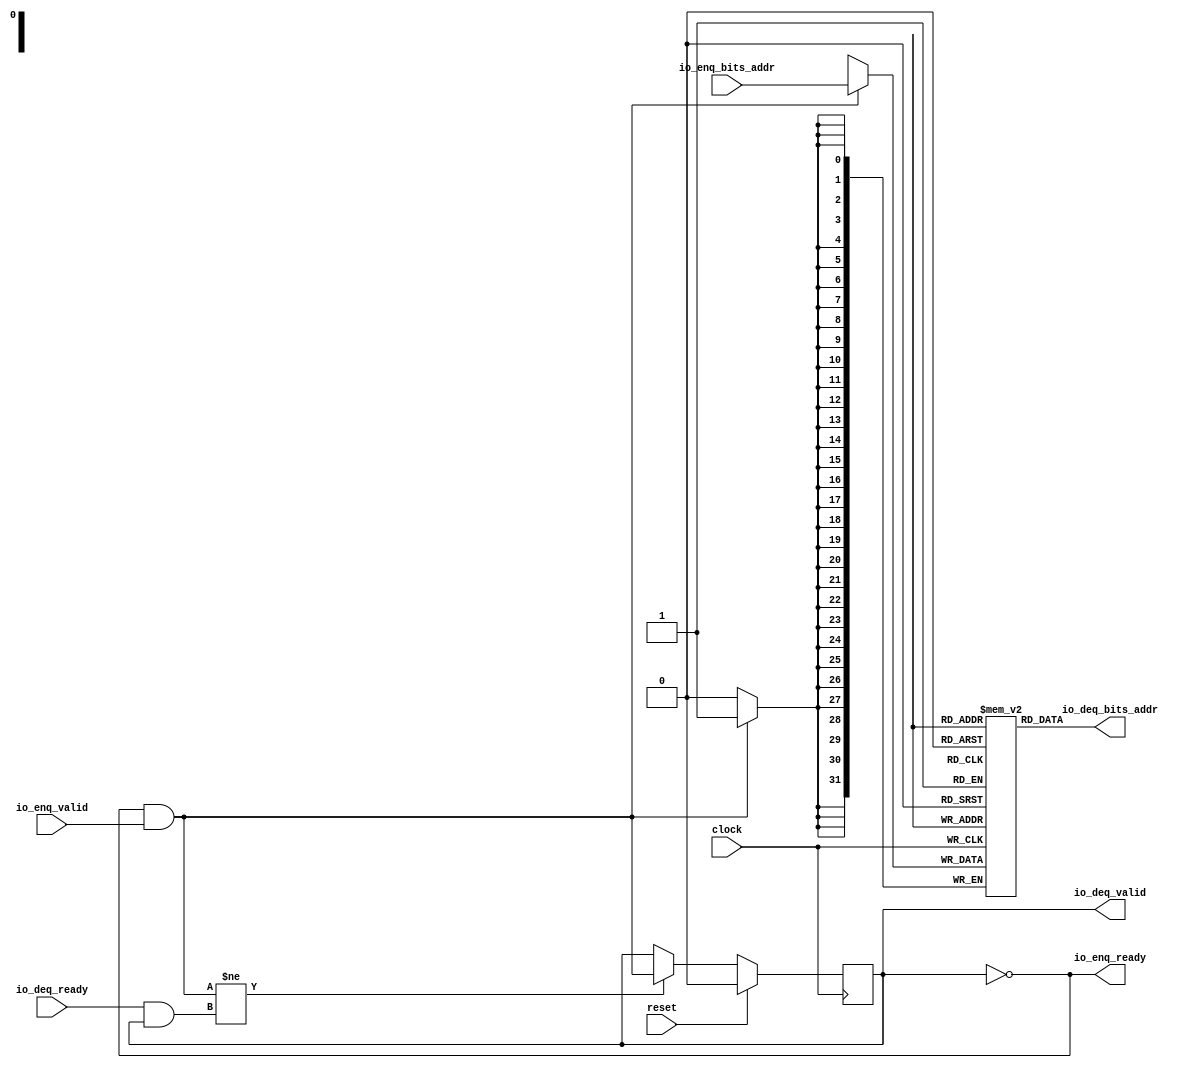
module Queue(
  input         clock,
  input         reset,
  output        io_enq_ready,
  input         io_enq_valid,
  input  [31:0] io_enq_bits_addr,
  input         io_deq_ready,
  output        io_deq_valid,
  output [31:0] io_deq_bits_addr
);
`ifdef RANDOMIZE_MEM_INIT
  reg [31:0] _RAND_0;
`endif // RANDOMIZE_MEM_INIT
`ifdef RANDOMIZE_REG_INIT
  reg [31:0] _RAND_1;
`endif // RANDOMIZE_REG_INIT
  reg [31:0] ram_addr [0:0]; // @[Decoupled.scala 275:95]
  wire  ram_addr_io_deq_bits_MPORT_en; // @[Decoupled.scala 275:95]
  wire  ram_addr_io_deq_bits_MPORT_addr; // @[Decoupled.scala 275:95]
  wire [31:0] ram_addr_io_deq_bits_MPORT_data; // @[Decoupled.scala 275:95]
  wire [31:0] ram_addr_MPORT_data; // @[Decoupled.scala 275:95]
  wire  ram_addr_MPORT_addr; // @[Decoupled.scala 275:95]
  wire  ram_addr_MPORT_mask; // @[Decoupled.scala 275:95]
  wire  ram_addr_MPORT_en; // @[Decoupled.scala 275:95]
  reg  maybe_full; // @[Decoupled.scala 278:27]
  wire  empty = ~maybe_full; // @[Decoupled.scala 280:28]
  wire  do_enq = io_enq_ready & io_enq_valid; // @[Decoupled.scala 52:35]
  wire  do_deq = io_deq_ready & io_deq_valid; // @[Decoupled.scala 52:35]
  assign ram_addr_io_deq_bits_MPORT_en = 1'h1;
  assign ram_addr_io_deq_bits_MPORT_addr = 1'h0;
  assign ram_addr_io_deq_bits_MPORT_data = ram_addr[ram_addr_io_deq_bits_MPORT_addr]; // @[Decoupled.scala 275:95]
  assign ram_addr_MPORT_data = io_enq_bits_addr;
  assign ram_addr_MPORT_addr = 1'h0;
  assign ram_addr_MPORT_mask = 1'h1;
  assign ram_addr_MPORT_en = io_enq_ready & io_enq_valid;
  assign io_enq_ready = ~maybe_full; // @[Decoupled.scala 305:19]
  assign io_deq_valid = ~empty; // @[Decoupled.scala 304:19]
  assign io_deq_bits_addr = ram_addr_io_deq_bits_MPORT_data; // @[Decoupled.scala 312:17]
  always @(posedge clock) begin
    if (ram_addr_MPORT_en & ram_addr_MPORT_mask) begin
      ram_addr[ram_addr_MPORT_addr] <= ram_addr_MPORT_data; // @[Decoupled.scala 275:95]
    end
    if (reset) begin // @[Decoupled.scala 278:27]
      maybe_full <= 1'h0; // @[Decoupled.scala 278:27]
    end else if (do_enq != do_deq) begin // @[Decoupled.scala 295:27]
      maybe_full <= do_enq; // @[Decoupled.scala 296:16]
    end
  end
// Register and memory initialization
`ifdef RANDOMIZE_GARBAGE_ASSIGN
`define RANDOMIZE
`endif
`ifdef RANDOMIZE_INVALID_ASSIGN
`define RANDOMIZE
`endif
`ifdef RANDOMIZE_REG_INIT
`define RANDOMIZE
`endif
`ifdef RANDOMIZE_MEM_INIT
`define RANDOMIZE
`endif
`ifndef RANDOM
`define RANDOM $random
`endif
`ifdef RANDOMIZE_MEM_INIT
  integer initvar;
`endif
`ifndef SYNTHESIS
`ifdef FIRRTL_BEFORE_INITIAL
`FIRRTL_BEFORE_INITIAL
`endif
initial begin
  `ifdef RANDOMIZE
    `ifdef INIT_RANDOM
      `INIT_RANDOM
    `endif
    `ifndef VERILATOR
      `ifdef RANDOMIZE_DELAY
        #`RANDOMIZE_DELAY begin end
      `else
        #0.002 begin end
      `endif
    `endif
`ifdef RANDOMIZE_MEM_INIT
  _RAND_0 = {1{`RANDOM}};
  for (initvar = 0; initvar < 1; initvar = initvar+1)
    ram_addr[initvar] = _RAND_0[31:0];
`endif // RANDOMIZE_MEM_INIT
`ifdef RANDOMIZE_REG_INIT
  _RAND_1 = {1{`RANDOM}};
  maybe_full = _RAND_1[0:0];
`endif // RANDOMIZE_REG_INIT
  `endif // RANDOMIZE
end // initial
`ifdef FIRRTL_AFTER_INITIAL
`FIRRTL_AFTER_INITIAL
`endif
`endif // SYNTHESIS
endmodule
module Queue_1(
  input         clock,
  input         reset,
  output        io_enq_ready,
  input         io_enq_valid,
  input  [31:0] io_enq_bits_data,
  input         io_deq_ready,
  output        io_deq_valid,
  output [31:0] io_deq_bits_data,
  output [1:0]  io_deq_bits_resp
);
`ifdef RANDOMIZE_MEM_INIT
  reg [31:0] _RAND_0;
  reg [31:0] _RAND_1;
`endif // RANDOMIZE_MEM_INIT
`ifdef RANDOMIZE_REG_INIT
  reg [31:0] _RAND_2;
`endif // RANDOMIZE_REG_INIT
  reg [31:0] ram_data [0:0]; // @[Decoupled.scala 275:95]
  wire  ram_data_io_deq_bits_MPORT_en; // @[Decoupled.scala 275:95]
  wire  ram_data_io_deq_bits_MPORT_addr; // @[Decoupled.scala 275:95]
  wire [31:0] ram_data_io_deq_bits_MPORT_data; // @[Decoupled.scala 275:95]
  wire [31:0] ram_data_MPORT_data; // @[Decoupled.scala 275:95]
  wire  ram_data_MPORT_addr; // @[Decoupled.scala 275:95]
  wire  ram_data_MPORT_mask; // @[Decoupled.scala 275:95]
  wire  ram_data_MPORT_en; // @[Decoupled.scala 275:95]
  reg [1:0] ram_resp [0:0]; // @[Decoupled.scala 275:95]
  wire  ram_resp_io_deq_bits_MPORT_en; // @[Decoupled.scala 275:95]
  wire  ram_resp_io_deq_bits_MPORT_addr; // @[Decoupled.scala 275:95]
  wire [1:0] ram_resp_io_deq_bits_MPORT_data; // @[Decoupled.scala 275:95]
  wire [1:0] ram_resp_MPORT_data; // @[Decoupled.scala 275:95]
  wire  ram_resp_MPORT_addr; // @[Decoupled.scala 275:95]
  wire  ram_resp_MPORT_mask; // @[Decoupled.scala 275:95]
  wire  ram_resp_MPORT_en; // @[Decoupled.scala 275:95]
  reg  maybe_full; // @[Decoupled.scala 278:27]
  wire  empty = ~maybe_full; // @[Decoupled.scala 280:28]
  wire  do_enq = io_enq_ready & io_enq_valid; // @[Decoupled.scala 52:35]
  wire  do_deq = io_deq_ready & io_deq_valid; // @[Decoupled.scala 52:35]
  assign ram_data_io_deq_bits_MPORT_en = 1'h1;
  assign ram_data_io_deq_bits_MPORT_addr = 1'h0;
  assign ram_data_io_deq_bits_MPORT_data = ram_data[ram_data_io_deq_bits_MPORT_addr]; // @[Decoupled.scala 275:95]
  assign ram_data_MPORT_data = io_enq_bits_data;
  assign ram_data_MPORT_addr = 1'h0;
  assign ram_data_MPORT_mask = 1'h1;
  assign ram_data_MPORT_en = io_enq_ready & io_enq_valid;
  assign ram_resp_io_deq_bits_MPORT_en = 1'h1;
  assign ram_resp_io_deq_bits_MPORT_addr = 1'h0;
  assign ram_resp_io_deq_bits_MPORT_data = ram_resp[ram_resp_io_deq_bits_MPORT_addr]; // @[Decoupled.scala 275:95]
  assign ram_resp_MPORT_data = 2'h0;
  assign ram_resp_MPORT_addr = 1'h0;
  assign ram_resp_MPORT_mask = 1'h1;
  assign ram_resp_MPORT_en = io_enq_ready & io_enq_valid;
  assign io_enq_ready = ~maybe_full; // @[Decoupled.scala 305:19]
  assign io_deq_valid = ~empty; // @[Decoupled.scala 304:19]
  assign io_deq_bits_data = ram_data_io_deq_bits_MPORT_data; // @[Decoupled.scala 312:17]
  assign io_deq_bits_resp = ram_resp_io_deq_bits_MPORT_data; // @[Decoupled.scala 312:17]
  always @(posedge clock) begin
    if (ram_data_MPORT_en & ram_data_MPORT_mask) begin
      ram_data[ram_data_MPORT_addr] <= ram_data_MPORT_data; // @[Decoupled.scala 275:95]
    end
    if (ram_resp_MPORT_en & ram_resp_MPORT_mask) begin
      ram_resp[ram_resp_MPORT_addr] <= ram_resp_MPORT_data; // @[Decoupled.scala 275:95]
    end
    if (reset) begin // @[Decoupled.scala 278:27]
      maybe_full <= 1'h0; // @[Decoupled.scala 278:27]
    end else if (do_enq != do_deq) begin // @[Decoupled.scala 295:27]
      maybe_full <= do_enq; // @[Decoupled.scala 296:16]
    end
  end
// Register and memory initialization
`ifdef RANDOMIZE_GARBAGE_ASSIGN
`define RANDOMIZE
`endif
`ifdef RANDOMIZE_INVALID_ASSIGN
`define RANDOMIZE
`endif
`ifdef RANDOMIZE_REG_INIT
`define RANDOMIZE
`endif
`ifdef RANDOMIZE_MEM_INIT
`define RANDOMIZE
`endif
`ifndef RANDOM
`define RANDOM $random
`endif
`ifdef RANDOMIZE_MEM_INIT
  integer initvar;
`endif
`ifndef SYNTHESIS
`ifdef FIRRTL_BEFORE_INITIAL
`FIRRTL_BEFORE_INITIAL
`endif
initial begin
  `ifdef RANDOMIZE
    `ifdef INIT_RANDOM
      `INIT_RANDOM
    `endif
    `ifndef VERILATOR
      `ifdef RANDOMIZE_DELAY
        #`RANDOMIZE_DELAY begin end
      `else
        #0.002 begin end
      `endif
    `endif
`ifdef RANDOMIZE_MEM_INIT
  _RAND_0 = {1{`RANDOM}};
  for (initvar = 0; initvar < 1; initvar = initvar+1)
    ram_data[initvar] = _RAND_0[31:0];
  _RAND_1 = {1{`RANDOM}};
  for (initvar = 0; initvar < 1; initvar = initvar+1)
    ram_resp[initvar] = _RAND_1[1:0];
`endif // RANDOMIZE_MEM_INIT
`ifdef RANDOMIZE_REG_INIT
  _RAND_2 = {1{`RANDOM}};
  maybe_full = _RAND_2[0:0];
`endif // RANDOMIZE_REG_INIT
  `endif // RANDOMIZE
end // initial
`ifdef FIRRTL_AFTER_INITIAL
`FIRRTL_AFTER_INITIAL
`endif
`endif // SYNTHESIS
endmodule
module Queue_3(
  input         clock,
  input         reset,
  output        io_enq_ready,
  input         io_enq_valid,
  input  [31:0] io_enq_bits_data,
  input  [3:0]  io_enq_bits_strb,
  input         io_deq_ready,
  output        io_deq_valid,
  output [31:0] io_deq_bits_data,
  output [3:0]  io_deq_bits_strb
);
`ifdef RANDOMIZE_MEM_INIT
  reg [31:0] _RAND_0;
  reg [31:0] _RAND_1;
`endif // RANDOMIZE_MEM_INIT
`ifdef RANDOMIZE_REG_INIT
  reg [31:0] _RAND_2;
`endif // RANDOMIZE_REG_INIT
  reg [31:0] ram_data [0:0]; // @[Decoupled.scala 275:95]
  wire  ram_data_io_deq_bits_MPORT_en; // @[Decoupled.scala 275:95]
  wire  ram_data_io_deq_bits_MPORT_addr; // @[Decoupled.scala 275:95]
  wire [31:0] ram_data_io_deq_bits_MPORT_data; // @[Decoupled.scala 275:95]
  wire [31:0] ram_data_MPORT_data; // @[Decoupled.scala 275:95]
  wire  ram_data_MPORT_addr; // @[Decoupled.scala 275:95]
  wire  ram_data_MPORT_mask; // @[Decoupled.scala 275:95]
  wire  ram_data_MPORT_en; // @[Decoupled.scala 275:95]
  reg [3:0] ram_strb [0:0]; // @[Decoupled.scala 275:95]
  wire  ram_strb_io_deq_bits_MPORT_en; // @[Decoupled.scala 275:95]
  wire  ram_strb_io_deq_bits_MPORT_addr; // @[Decoupled.scala 275:95]
  wire [3:0] ram_strb_io_deq_bits_MPORT_data; // @[Decoupled.scala 275:95]
  wire [3:0] ram_strb_MPORT_data; // @[Decoupled.scala 275:95]
  wire  ram_strb_MPORT_addr; // @[Decoupled.scala 275:95]
  wire  ram_strb_MPORT_mask; // @[Decoupled.scala 275:95]
  wire  ram_strb_MPORT_en; // @[Decoupled.scala 275:95]
  reg  maybe_full; // @[Decoupled.scala 278:27]
  wire  empty = ~maybe_full; // @[Decoupled.scala 280:28]
  wire  do_enq = io_enq_ready & io_enq_valid; // @[Decoupled.scala 52:35]
  wire  do_deq = io_deq_ready & io_deq_valid; // @[Decoupled.scala 52:35]
  assign ram_data_io_deq_bits_MPORT_en = 1'h1;
  assign ram_data_io_deq_bits_MPORT_addr = 1'h0;
  assign ram_data_io_deq_bits_MPORT_data = ram_data[ram_data_io_deq_bits_MPORT_addr]; // @[Decoupled.scala 275:95]
  assign ram_data_MPORT_data = io_enq_bits_data;
  assign ram_data_MPORT_addr = 1'h0;
  assign ram_data_MPORT_mask = 1'h1;
  assign ram_data_MPORT_en = io_enq_ready & io_enq_valid;
  assign ram_strb_io_deq_bits_MPORT_en = 1'h1;
  assign ram_strb_io_deq_bits_MPORT_addr = 1'h0;
  assign ram_strb_io_deq_bits_MPORT_data = ram_strb[ram_strb_io_deq_bits_MPORT_addr]; // @[Decoupled.scala 275:95]
  assign ram_strb_MPORT_data = io_enq_bits_strb;
  assign ram_strb_MPORT_addr = 1'h0;
  assign ram_strb_MPORT_mask = 1'h1;
  assign ram_strb_MPORT_en = io_enq_ready & io_enq_valid;
  assign io_enq_ready = ~maybe_full; // @[Decoupled.scala 305:19]
  assign io_deq_valid = ~empty; // @[Decoupled.scala 304:19]
  assign io_deq_bits_data = ram_data_io_deq_bits_MPORT_data; // @[Decoupled.scala 312:17]
  assign io_deq_bits_strb = ram_strb_io_deq_bits_MPORT_data; // @[Decoupled.scala 312:17]
  always @(posedge clock) begin
    if (ram_data_MPORT_en & ram_data_MPORT_mask) begin
      ram_data[ram_data_MPORT_addr] <= ram_data_MPORT_data; // @[Decoupled.scala 275:95]
    end
    if (ram_strb_MPORT_en & ram_strb_MPORT_mask) begin
      ram_strb[ram_strb_MPORT_addr] <= ram_strb_MPORT_data; // @[Decoupled.scala 275:95]
    end
    if (reset) begin // @[Decoupled.scala 278:27]
      maybe_full <= 1'h0; // @[Decoupled.scala 278:27]
    end else if (do_enq != do_deq) begin // @[Decoupled.scala 295:27]
      maybe_full <= do_enq; // @[Decoupled.scala 296:16]
    end
  end
// Register and memory initialization
`ifdef RANDOMIZE_GARBAGE_ASSIGN
`define RANDOMIZE
`endif
`ifdef RANDOMIZE_INVALID_ASSIGN
`define RANDOMIZE
`endif
`ifdef RANDOMIZE_REG_INIT
`define RANDOMIZE
`endif
`ifdef RANDOMIZE_MEM_INIT
`define RANDOMIZE
`endif
`ifndef RANDOM
`define RANDOM $random
`endif
`ifdef RANDOMIZE_MEM_INIT
  integer initvar;
`endif
`ifndef SYNTHESIS
`ifdef FIRRTL_BEFORE_INITIAL
`FIRRTL_BEFORE_INITIAL
`endif
initial begin
  `ifdef RANDOMIZE
    `ifdef INIT_RANDOM
      `INIT_RANDOM
    `endif
    `ifndef VERILATOR
      `ifdef RANDOMIZE_DELAY
        #`RANDOMIZE_DELAY begin end
      `else
        #0.002 begin end
      `endif
    `endif
`ifdef RANDOMIZE_MEM_INIT
  _RAND_0 = {1{`RANDOM}};
  for (initvar = 0; initvar < 1; initvar = initvar+1)
    ram_data[initvar] = _RAND_0[31:0];
  _RAND_1 = {1{`RANDOM}};
  for (initvar = 0; initvar < 1; initvar = initvar+1)
    ram_strb[initvar] = _RAND_1[3:0];
`endif // RANDOMIZE_MEM_INIT
`ifdef RANDOMIZE_REG_INIT
  _RAND_2 = {1{`RANDOM}};
  maybe_full = _RAND_2[0:0];
`endif // RANDOMIZE_REG_INIT
  `endif // RANDOMIZE
end // initial
`ifdef FIRRTL_AFTER_INITIAL
`FIRRTL_AFTER_INITIAL
`endif
`endif // SYNTHESIS
endmodule
module Queue_4(
  input        clock,
  input        reset,
  output       io_enq_ready,
  input        io_enq_valid,
  input        io_deq_ready,
  output       io_deq_valid,
  output [1:0] io_deq_bits_resp
);
`ifdef RANDOMIZE_MEM_INIT
  reg [31:0] _RAND_0;
`endif // RANDOMIZE_MEM_INIT
`ifdef RANDOMIZE_REG_INIT
  reg [31:0] _RAND_1;
`endif // RANDOMIZE_REG_INIT
  reg [1:0] ram_resp [0:0]; // @[Decoupled.scala 275:95]
  wire  ram_resp_io_deq_bits_MPORT_en; // @[Decoupled.scala 275:95]
  wire  ram_resp_io_deq_bits_MPORT_addr; // @[Decoupled.scala 275:95]
  wire [1:0] ram_resp_io_deq_bits_MPORT_data; // @[Decoupled.scala 275:95]
  wire [1:0] ram_resp_MPORT_data; // @[Decoupled.scala 275:95]
  wire  ram_resp_MPORT_addr; // @[Decoupled.scala 275:95]
  wire  ram_resp_MPORT_mask; // @[Decoupled.scala 275:95]
  wire  ram_resp_MPORT_en; // @[Decoupled.scala 275:95]
  reg  maybe_full; // @[Decoupled.scala 278:27]
  wire  empty = ~maybe_full; // @[Decoupled.scala 280:28]
  wire  do_enq = io_enq_ready & io_enq_valid; // @[Decoupled.scala 52:35]
  wire  do_deq = io_deq_ready & io_deq_valid; // @[Decoupled.scala 52:35]
  assign ram_resp_io_deq_bits_MPORT_en = 1'h1;
  assign ram_resp_io_deq_bits_MPORT_addr = 1'h0;
  assign ram_resp_io_deq_bits_MPORT_data = ram_resp[ram_resp_io_deq_bits_MPORT_addr]; // @[Decoupled.scala 275:95]
  assign ram_resp_MPORT_data = 2'h0;
  assign ram_resp_MPORT_addr = 1'h0;
  assign ram_resp_MPORT_mask = 1'h1;
  assign ram_resp_MPORT_en = io_enq_ready & io_enq_valid;
  assign io_enq_ready = ~maybe_full; // @[Decoupled.scala 305:19]
  assign io_deq_valid = ~empty; // @[Decoupled.scala 304:19]
  assign io_deq_bits_resp = ram_resp_io_deq_bits_MPORT_data; // @[Decoupled.scala 312:17]
  always @(posedge clock) begin
    if (ram_resp_MPORT_en & ram_resp_MPORT_mask) begin
      ram_resp[ram_resp_MPORT_addr] <= ram_resp_MPORT_data; // @[Decoupled.scala 275:95]
    end
    if (reset) begin // @[Decoupled.scala 278:27]
      maybe_full <= 1'h0; // @[Decoupled.scala 278:27]
    end else if (do_enq != do_deq) begin // @[Decoupled.scala 295:27]
      maybe_full <= do_enq; // @[Decoupled.scala 296:16]
    end
  end
// Register and memory initialization
`ifdef RANDOMIZE_GARBAGE_ASSIGN
`define RANDOMIZE
`endif
`ifdef RANDOMIZE_INVALID_ASSIGN
`define RANDOMIZE
`endif
`ifdef RANDOMIZE_REG_INIT
`define RANDOMIZE
`endif
`ifdef RANDOMIZE_MEM_INIT
`define RANDOMIZE
`endif
`ifndef RANDOM
`define RANDOM $random
`endif
`ifdef RANDOMIZE_MEM_INIT
  integer initvar;
`endif
`ifndef SYNTHESIS
`ifdef FIRRTL_BEFORE_INITIAL
`FIRRTL_BEFORE_INITIAL
`endif
initial begin
  `ifdef RANDOMIZE
    `ifdef INIT_RANDOM
      `INIT_RANDOM
    `endif
    `ifndef VERILATOR
      `ifdef RANDOMIZE_DELAY
        #`RANDOMIZE_DELAY begin end
      `else
        #0.002 begin end
      `endif
    `endif
`ifdef RANDOMIZE_MEM_INIT
  _RAND_0 = {1{`RANDOM}};
  for (initvar = 0; initvar < 1; initvar = initvar+1)
    ram_resp[initvar] = _RAND_0[1:0];
`endif // RANDOMIZE_MEM_INIT
`ifdef RANDOMIZE_REG_INIT
  _RAND_1 = {1{`RANDOM}};
  maybe_full = _RAND_1[0:0];
`endif // RANDOMIZE_REG_INIT
  `endif // RANDOMIZE
end // initial
`ifdef FIRRTL_AFTER_INITIAL
`FIRRTL_AFTER_INITIAL
`endif
`endif // SYNTHESIS
endmodule
module SimpleMemoryMappedDevice(
  input         clock,
  input         reset,
  output        SAXIL_ARREADY,
  input         SAXIL_ARVALID,
  input  [31:0] SAXIL_ARADDR,
  input  [2:0]  SAXIL_ARPROT,
  input         SAXIL_RREADY,
  output        SAXIL_RVALID,
  output [31:0] SAXIL_RDATA,
  output [1:0]  SAXIL_RRESP,
  output        SAXIL_AWREADY,
  input         SAXIL_AWVALID,
  input  [31:0] SAXIL_AWADDR,
  input  [2:0]  SAXIL_AWPROT,
  output        SAXIL_WREADY,
  input         SAXIL_WVALID,
  input  [31:0] SAXIL_WDATA,
  input  [3:0]  SAXIL_WSTRB,
  input         SAXIL_BREADY,
  output        SAXIL_BVALID,
  output [1:0]  SAXIL_BRESP
);
`ifdef RANDOMIZE_REG_INIT
  reg [31:0] _RAND_0;
  reg [31:0] _RAND_1;
`endif // RANDOMIZE_REG_INIT
  wire  regBlock_rdReq__deq_clock; // @[Decoupled.scala 377:21]
  wire  regBlock_rdReq__deq_reset; // @[Decoupled.scala 377:21]
  wire  regBlock_rdReq__deq_io_enq_ready; // @[Decoupled.scala 377:21]
  wire  regBlock_rdReq__deq_io_enq_valid; // @[Decoupled.scala 377:21]
  wire [31:0] regBlock_rdReq__deq_io_enq_bits_addr; // @[Decoupled.scala 377:21]
  wire  regBlock_rdReq__deq_io_deq_ready; // @[Decoupled.scala 377:21]
  wire  regBlock_rdReq__deq_io_deq_valid; // @[Decoupled.scala 377:21]
  wire [31:0] regBlock_rdReq__deq_io_deq_bits_addr; // @[Decoupled.scala 377:21]
  wire  regBlock_rdRespQueue__clock; // @[RegisterBlock.scala 171:36]
  wire  regBlock_rdRespQueue__reset; // @[RegisterBlock.scala 171:36]
  wire  regBlock_rdRespQueue__io_enq_ready; // @[RegisterBlock.scala 171:36]
  wire  regBlock_rdRespQueue__io_enq_valid; // @[RegisterBlock.scala 171:36]
  wire [31:0] regBlock_rdRespQueue__io_enq_bits_data; // @[RegisterBlock.scala 171:36]
  wire  regBlock_rdRespQueue__io_deq_ready; // @[RegisterBlock.scala 171:36]
  wire  regBlock_rdRespQueue__io_deq_valid; // @[RegisterBlock.scala 171:36]
  wire [31:0] regBlock_rdRespQueue__io_deq_bits_data; // @[RegisterBlock.scala 171:36]
  wire [1:0] regBlock_rdRespQueue__io_deq_bits_resp; // @[RegisterBlock.scala 171:36]
  wire  regBlock_wrReq__deq_clock; // @[Decoupled.scala 377:21]
  wire  regBlock_wrReq__deq_reset; // @[Decoupled.scala 377:21]
  wire  regBlock_wrReq__deq_io_enq_ready; // @[Decoupled.scala 377:21]
  wire  regBlock_wrReq__deq_io_enq_valid; // @[Decoupled.scala 377:21]
  wire [31:0] regBlock_wrReq__deq_io_enq_bits_addr; // @[Decoupled.scala 377:21]
  wire  regBlock_wrReq__deq_io_deq_ready; // @[Decoupled.scala 377:21]
  wire  regBlock_wrReq__deq_io_deq_valid; // @[Decoupled.scala 377:21]
  wire [31:0] regBlock_wrReq__deq_io_deq_bits_addr; // @[Decoupled.scala 377:21]
  wire  regBlock_wrReqData__deq_clock; // @[Decoupled.scala 377:21]
  wire  regBlock_wrReqData__deq_reset; // @[Decoupled.scala 377:21]
  wire  regBlock_wrReqData__deq_io_enq_ready; // @[Decoupled.scala 377:21]
  wire  regBlock_wrReqData__deq_io_enq_valid; // @[Decoupled.scala 377:21]
  wire [31:0] regBlock_wrReqData__deq_io_enq_bits_data; // @[Decoupled.scala 377:21]
  wire [3:0] regBlock_wrReqData__deq_io_enq_bits_strb; // @[Decoupled.scala 377:21]
  wire  regBlock_wrReqData__deq_io_deq_ready; // @[Decoupled.scala 377:21]
  wire  regBlock_wrReqData__deq_io_deq_valid; // @[Decoupled.scala 377:21]
  wire [31:0] regBlock_wrReqData__deq_io_deq_bits_data; // @[Decoupled.scala 377:21]
  wire [3:0] regBlock_wrReqData__deq_io_deq_bits_strb; // @[Decoupled.scala 377:21]
  wire  regBlock_wrRespQueue__clock; // @[RegisterBlock.scala 179:36]
  wire  regBlock_wrRespQueue__reset; // @[RegisterBlock.scala 179:36]
  wire  regBlock_wrRespQueue__io_enq_ready; // @[RegisterBlock.scala 179:36]
  wire  regBlock_wrRespQueue__io_enq_valid; // @[RegisterBlock.scala 179:36]
  wire  regBlock_wrRespQueue__io_deq_ready; // @[RegisterBlock.scala 179:36]
  wire  regBlock_wrRespQueue__io_deq_valid; // @[RegisterBlock.scala 179:36]
  wire [1:0] regBlock_wrRespQueue__io_deq_bits_resp; // @[RegisterBlock.scala 179:36]
  wire  regBlock_rdReq__valid = regBlock_rdReq__deq_io_deq_valid; // @[Decoupled.scala 417:19 419:15]
  wire  regBlock_rdReq = regBlock_rdReq__valid & regBlock_rdRespQueue__io_enq_ready; // @[RegisterBlock.scala 225:44]
  wire [31:0] regBlock_rdReq__bits_addr = regBlock_rdReq__deq_io_deq_bits_addr; // @[Decoupled.scala 417:19 418:14]
  wire [31:0] regBlock_rdAddr = regBlock_rdReq__bits_addr & 32'hfc; // @[RegisterBlock.scala 227:48]
  wire  regBlock_wrReq__valid = regBlock_wrReq__deq_io_deq_valid; // @[Decoupled.scala 417:19 419:15]
  wire  regBlock_wrReqData__valid = regBlock_wrReqData__deq_io_deq_valid; // @[Decoupled.scala 417:19 419:15]
  wire  regBlock_wrReq = regBlock_wrReq__valid & regBlock_wrReqData__valid & regBlock_wrRespQueue__io_enq_ready; // @[RegisterBlock.scala 254:63]
  wire [31:0] regBlock_wrReq__bits_addr = regBlock_wrReq__deq_io_deq_bits_addr; // @[Decoupled.scala 417:19 418:14]
  wire [31:0] regBlock_wrAddr = regBlock_wrReq__bits_addr & 32'hfc; // @[RegisterBlock.scala 256:48]
  reg [7:0] reg1; // @[SimpleMemoryMapped.scala 16:29]
  reg [31:0] reg2; // @[SimpleMemoryMapped.scala 17:29]
  wire  _T = regBlock_rdAddr >= 32'hc; // @[SimpleMemoryMapped.scala 29:26]
  wire [31:0] resp_data = regBlock_rdAddr - 32'hc; // @[SimpleMemoryMapped.scala 31:37]
  wire  _T_4 = ~reset; // @[RegisterBlock.scala 197:11]
  wire [31:0] _GEN_0 = 32'h0 == regBlock_rdAddr ? {{24'd0}, reg1} : 32'hffffffff; // @[RegisterBlock.scala 233:10 237:38 238:16]
  wire [31:0] _GEN_1 = 32'h4 == regBlock_rdAddr ? reg2 : _GEN_0; // @[RegisterBlock.scala 237:38 238:16]
  wire [31:0] _GEN_2 = 32'h8 == regBlock_rdAddr ? 32'h30 : _GEN_1; // @[RegisterBlock.scala 237:38 238:16]
  wire [31:0] data = 32'hc == regBlock_rdAddr ? 32'h0 : _GEN_2; // @[RegisterBlock.scala 237:38 238:16]
  wire [3:0] regBlock_wrReqData__bits_strb = regBlock_wrReqData__deq_io_deq_bits_strb; // @[Decoupled.scala 417:19 418:14]
  wire [31:0] regBlock_wrReqData__bits_data = regBlock_wrReqData__deq_io_deq_bits_data; // @[Decoupled.scala 417:19 418:14]
  wire [7:0] reg1_byte_wdata = regBlock_wrReqData__bits_data[7:0]; // @[RawInterface.scala 232:33]
  wire [31:0] _reg1_WIRE = {{24'd0}, reg1}; // @[RegisterBlock.scala 122:{39,39}]
  wire [7:0] reg1_byte_original = _reg1_WIRE[7:0]; // @[RawInterface.scala 233:39]
  wire [7:0] _reg1_T_4 = regBlock_wrReqData__bits_strb[0] ? reg1_byte_wdata : reg1_byte_original; // @[RawInterface.scala 234:14]
  wire [7:0] reg1_byte_wdata_1 = regBlock_wrReqData__bits_data[15:8]; // @[RawInterface.scala 232:33]
  wire [7:0] reg1_byte_original_1 = _reg1_WIRE[15:8]; // @[RawInterface.scala 233:39]
  wire [7:0] _reg1_T_5 = regBlock_wrReqData__bits_strb[1] ? reg1_byte_wdata_1 : reg1_byte_original_1; // @[RawInterface.scala 234:14]
  wire [7:0] reg1_byte_wdata_2 = regBlock_wrReqData__bits_data[23:16]; // @[RawInterface.scala 232:33]
  wire [7:0] reg1_byte_original_2 = _reg1_WIRE[23:16]; // @[RawInterface.scala 233:39]
  wire [7:0] _reg1_T_6 = regBlock_wrReqData__bits_strb[2] ? reg1_byte_wdata_2 : reg1_byte_original_2; // @[RawInterface.scala 234:14]
  wire [7:0] reg1_byte_wdata_3 = regBlock_wrReqData__bits_data[31:24]; // @[RawInterface.scala 232:33]
  wire [7:0] reg1_byte_original_3 = _reg1_WIRE[31:24]; // @[RawInterface.scala 233:39]
  wire [7:0] _reg1_T_7 = regBlock_wrReqData__bits_strb[3] ? reg1_byte_wdata_3 : reg1_byte_original_3; // @[RawInterface.scala 234:14]
  wire [31:0] _reg1_T_8 = {_reg1_T_7,_reg1_T_6,_reg1_T_5,_reg1_T_4}; // @[RawInterface.scala 237:7]
  wire [7:0] reg2_byte_original = reg2[7:0]; // @[RawInterface.scala 233:39]
  wire [7:0] _reg2_T_4 = regBlock_wrReqData__bits_strb[0] ? reg1_byte_wdata : reg2_byte_original; // @[RawInterface.scala 234:14]
  wire [7:0] reg2_byte_original_1 = reg2[15:8]; // @[RawInterface.scala 233:39]
  wire [7:0] _reg2_T_5 = regBlock_wrReqData__bits_strb[1] ? reg1_byte_wdata_1 : reg2_byte_original_1; // @[RawInterface.scala 234:14]
  wire [7:0] reg2_byte_original_2 = reg2[23:16]; // @[RawInterface.scala 233:39]
  wire [7:0] _reg2_T_6 = regBlock_wrReqData__bits_strb[2] ? reg1_byte_wdata_2 : reg2_byte_original_2; // @[RawInterface.scala 234:14]
  wire [7:0] reg2_byte_original_3 = reg2[31:24]; // @[RawInterface.scala 233:39]
  wire [7:0] _reg2_T_7 = regBlock_wrReqData__bits_strb[3] ? reg1_byte_wdata_3 : reg2_byte_original_3; // @[RawInterface.scala 234:14]
  wire [31:0] _reg2_T_8 = {_reg2_T_7,_reg2_T_6,_reg2_T_5,_reg2_T_4}; // @[RawInterface.scala 237:7]
  Queue regBlock_rdReq__deq ( // @[Decoupled.scala 377:21]
    .clock(regBlock_rdReq__deq_clock),
    .reset(regBlock_rdReq__deq_reset),
    .io_enq_ready(regBlock_rdReq__deq_io_enq_ready),
    .io_enq_valid(regBlock_rdReq__deq_io_enq_valid),
    .io_enq_bits_addr(regBlock_rdReq__deq_io_enq_bits_addr),
    .io_deq_ready(regBlock_rdReq__deq_io_deq_ready),
    .io_deq_valid(regBlock_rdReq__deq_io_deq_valid),
    .io_deq_bits_addr(regBlock_rdReq__deq_io_deq_bits_addr)
  );
  Queue_1 regBlock_rdRespQueue_ ( // @[RegisterBlock.scala 171:36]
    .clock(regBlock_rdRespQueue__clock),
    .reset(regBlock_rdRespQueue__reset),
    .io_enq_ready(regBlock_rdRespQueue__io_enq_ready),
    .io_enq_valid(regBlock_rdRespQueue__io_enq_valid),
    .io_enq_bits_data(regBlock_rdRespQueue__io_enq_bits_data),
    .io_deq_ready(regBlock_rdRespQueue__io_deq_ready),
    .io_deq_valid(regBlock_rdRespQueue__io_deq_valid),
    .io_deq_bits_data(regBlock_rdRespQueue__io_deq_bits_data),
    .io_deq_bits_resp(regBlock_rdRespQueue__io_deq_bits_resp)
  );
  Queue regBlock_wrReq__deq ( // @[Decoupled.scala 377:21]
    .clock(regBlock_wrReq__deq_clock),
    .reset(regBlock_wrReq__deq_reset),
    .io_enq_ready(regBlock_wrReq__deq_io_enq_ready),
    .io_enq_valid(regBlock_wrReq__deq_io_enq_valid),
    .io_enq_bits_addr(regBlock_wrReq__deq_io_enq_bits_addr),
    .io_deq_ready(regBlock_wrReq__deq_io_deq_ready),
    .io_deq_valid(regBlock_wrReq__deq_io_deq_valid),
    .io_deq_bits_addr(regBlock_wrReq__deq_io_deq_bits_addr)
  );
  Queue_3 regBlock_wrReqData__deq ( // @[Decoupled.scala 377:21]
    .clock(regBlock_wrReqData__deq_clock),
    .reset(regBlock_wrReqData__deq_reset),
    .io_enq_ready(regBlock_wrReqData__deq_io_enq_ready),
    .io_enq_valid(regBlock_wrReqData__deq_io_enq_valid),
    .io_enq_bits_data(regBlock_wrReqData__deq_io_enq_bits_data),
    .io_enq_bits_strb(regBlock_wrReqData__deq_io_enq_bits_strb),
    .io_deq_ready(regBlock_wrReqData__deq_io_deq_ready),
    .io_deq_valid(regBlock_wrReqData__deq_io_deq_valid),
    .io_deq_bits_data(regBlock_wrReqData__deq_io_deq_bits_data),
    .io_deq_bits_strb(regBlock_wrReqData__deq_io_deq_bits_strb)
  );
  Queue_4 regBlock_wrRespQueue_ ( // @[RegisterBlock.scala 179:36]
    .clock(regBlock_wrRespQueue__clock),
    .reset(regBlock_wrRespQueue__reset),
    .io_enq_ready(regBlock_wrRespQueue__io_enq_ready),
    .io_enq_valid(regBlock_wrRespQueue__io_enq_valid),
    .io_deq_ready(regBlock_wrRespQueue__io_deq_ready),
    .io_deq_valid(regBlock_wrRespQueue__io_deq_valid),
    .io_deq_bits_resp(regBlock_wrRespQueue__io_deq_bits_resp)
  );
  assign SAXIL_ARREADY = regBlock_rdReq__deq_io_enq_ready; // @[Decoupled.scala 381:17 RegisterBlock.scala 62:20]
  assign SAXIL_RVALID = regBlock_rdRespQueue__io_deq_valid; // @[RegisterBlock.scala 173:12 62:20]
  assign SAXIL_RDATA = regBlock_rdRespQueue__io_deq_bits_data; // @[RegisterBlock.scala 173:12 62:20]
  assign SAXIL_RRESP = regBlock_rdRespQueue__io_deq_bits_resp; // @[RegisterBlock.scala 173:12 62:20]
  assign SAXIL_AWREADY = regBlock_wrReq__deq_io_enq_ready; // @[Decoupled.scala 381:17 RegisterBlock.scala 62:20]
  assign SAXIL_WREADY = regBlock_wrReqData__deq_io_enq_ready; // @[Decoupled.scala 381:17 RegisterBlock.scala 62:20]
  assign SAXIL_BVALID = regBlock_wrRespQueue__io_deq_valid; // @[RegisterBlock.scala 181:12 62:20]
  assign SAXIL_BRESP = regBlock_wrRespQueue__io_deq_bits_resp; // @[RegisterBlock.scala 181:12 62:20]
  assign regBlock_rdReq__deq_clock = clock;
  assign regBlock_rdReq__deq_reset = reset;
  assign regBlock_rdReq__deq_io_enq_valid = SAXIL_ARVALID; // @[RegisterBlock.scala 62:20 SimpleMemoryMapped.scala 14:16]
  assign regBlock_rdReq__deq_io_enq_bits_addr = SAXIL_ARADDR; // @[RegisterBlock.scala 62:20 SimpleMemoryMapped.scala 14:16]
  assign regBlock_rdReq__deq_io_deq_ready = regBlock_rdReq__valid & regBlock_rdRespQueue__io_enq_ready; // @[RegisterBlock.scala 225:44]
  assign regBlock_rdRespQueue__clock = clock;
  assign regBlock_rdRespQueue__reset = reset;
  assign regBlock_rdRespQueue__io_enq_valid = regBlock_rdReq__valid & regBlock_rdRespQueue__io_enq_ready; // @[RegisterBlock.scala 225:44]
  assign regBlock_rdRespQueue__io_enq_bits_data = regBlock_rdAddr >= 32'hc ? resp_data : data; // @[SimpleMemoryMapped.scala 29:40 Decoupled.scala 66:{19,19}]
  assign regBlock_rdRespQueue__io_deq_ready = SAXIL_RREADY; // @[RegisterBlock.scala 62:20 SimpleMemoryMapped.scala 14:16]
  assign regBlock_wrReq__deq_clock = clock;
  assign regBlock_wrReq__deq_reset = reset;
  assign regBlock_wrReq__deq_io_enq_valid = SAXIL_AWVALID; // @[RegisterBlock.scala 62:20 SimpleMemoryMapped.scala 14:16]
  assign regBlock_wrReq__deq_io_enq_bits_addr = SAXIL_AWADDR; // @[RegisterBlock.scala 62:20 SimpleMemoryMapped.scala 14:16]
  assign regBlock_wrReq__deq_io_deq_ready = regBlock_wrReq__valid & regBlock_wrReqData__valid &
    regBlock_wrRespQueue__io_enq_ready; // @[RegisterBlock.scala 254:63]
  assign regBlock_wrReqData__deq_clock = clock;
  assign regBlock_wrReqData__deq_reset = reset;
  assign regBlock_wrReqData__deq_io_enq_valid = SAXIL_WVALID; // @[RegisterBlock.scala 62:20 SimpleMemoryMapped.scala 14:16]
  assign regBlock_wrReqData__deq_io_enq_bits_data = SAXIL_WDATA; // @[RegisterBlock.scala 62:20 SimpleMemoryMapped.scala 14:16]
  assign regBlock_wrReqData__deq_io_enq_bits_strb = SAXIL_WSTRB; // @[RegisterBlock.scala 62:20 SimpleMemoryMapped.scala 14:16]
  assign regBlock_wrReqData__deq_io_deq_ready = regBlock_wrReq__valid & regBlock_wrReqData__valid &
    regBlock_wrRespQueue__io_enq_ready; // @[RegisterBlock.scala 254:63]
  assign regBlock_wrRespQueue__clock = clock;
  assign regBlock_wrRespQueue__reset = reset;
  assign regBlock_wrRespQueue__io_enq_valid = regBlock_wrReq__valid & regBlock_wrReqData__valid &
    regBlock_wrRespQueue__io_enq_ready; // @[RegisterBlock.scala 254:63]
  assign regBlock_wrRespQueue__io_deq_ready = SAXIL_BREADY; // @[RegisterBlock.scala 62:20 SimpleMemoryMapped.scala 14:16]
  always @(posedge clock) begin
    if (reset) begin // @[SimpleMemoryMapped.scala 16:29]
      reg1 <= 8'h0; // @[SimpleMemoryMapped.scala 16:29]
    end else if (regBlock_wrReq) begin // @[SimpleMemoryMapped.scala 38:24]
      if (32'h0 == regBlock_wrAddr) begin // @[RegisterBlock.scala 265:38]
        reg1 <= _reg1_T_8[7:0]; // @[RegisterBlock.scala 121:11]
      end
    end
    if (reset) begin // @[SimpleMemoryMapped.scala 17:29]
      reg2 <= 32'h0; // @[SimpleMemoryMapped.scala 17:29]
    end else if (regBlock_wrReq) begin // @[SimpleMemoryMapped.scala 38:24]
      if (32'h4 == regBlock_wrAddr) begin // @[RegisterBlock.scala 265:38]
        reg2 <= _reg2_T_8; // @[RegisterBlock.scala 121:11]
      end
    end
    `ifndef SYNTHESIS
    `ifdef PRINTF_COND
      if (`PRINTF_COND) begin
    `endif
        if (regBlock_rdReq & _T & ~reset & ~regBlock_rdReq) begin
          $fwrite(32'h80000002,"Assertion failed\n    at RegisterBlock.scala:197 assert(rdReq)\n"); // @[RegisterBlock.scala 197:11]
        end
    `ifdef PRINTF_COND
      end
    `endif
    `endif // SYNTHESIS
    `ifndef SYNTHESIS
    `ifdef STOP_COND
      if (`STOP_COND) begin
    `endif
        if (regBlock_rdReq & _T & ~reset & ~regBlock_rdReq) begin
          $fatal; // @[RegisterBlock.scala 197:11]
        end
    `ifdef STOP_COND
      end
    `endif
    `endif // SYNTHESIS
    `ifndef SYNTHESIS
    `ifdef PRINTF_COND
      if (`PRINTF_COND) begin
    `endif
        if (regBlock_rdReq & ~_T & ~reset & ~regBlock_rdReq) begin
          $fwrite(32'h80000002,"Assertion failed\n    at RegisterBlock.scala:197 assert(rdReq)\n"); // @[RegisterBlock.scala 197:11]
        end
    `ifdef PRINTF_COND
      end
    `endif
    `endif // SYNTHESIS
    `ifndef SYNTHESIS
    `ifdef STOP_COND
      if (`STOP_COND) begin
    `endif
        if (regBlock_rdReq & ~_T & ~reset & ~regBlock_rdReq) begin
          $fatal; // @[RegisterBlock.scala 197:11]
        end
    `ifdef STOP_COND
      end
    `endif
    `endif // SYNTHESIS
    `ifndef SYNTHESIS
    `ifdef PRINTF_COND
      if (`PRINTF_COND) begin
    `endif
        if (regBlock_wrReq & _T_4 & ~regBlock_wrReq) begin
          $fwrite(32'h80000002,"Assertion failed\n    at RegisterBlock.scala:213 assert(wrReq)\n"); // @[RegisterBlock.scala 213:11]
        end
    `ifdef PRINTF_COND
      end
    `endif
    `endif // SYNTHESIS
    `ifndef SYNTHESIS
    `ifdef STOP_COND
      if (`STOP_COND) begin
    `endif
        if (regBlock_wrReq & _T_4 & ~regBlock_wrReq) begin
          $fatal; // @[RegisterBlock.scala 213:11]
        end
    `ifdef STOP_COND
      end
    `endif
    `endif // SYNTHESIS
  end
// Register and memory initialization
`ifdef RANDOMIZE_GARBAGE_ASSIGN
`define RANDOMIZE
`endif
`ifdef RANDOMIZE_INVALID_ASSIGN
`define RANDOMIZE
`endif
`ifdef RANDOMIZE_REG_INIT
`define RANDOMIZE
`endif
`ifdef RANDOMIZE_MEM_INIT
`define RANDOMIZE
`endif
`ifndef RANDOM
`define RANDOM $random
`endif
`ifdef RANDOMIZE_MEM_INIT
  integer initvar;
`endif
`ifndef SYNTHESIS
`ifdef FIRRTL_BEFORE_INITIAL
`FIRRTL_BEFORE_INITIAL
`endif
initial begin
  `ifdef RANDOMIZE
    `ifdef INIT_RANDOM
      `INIT_RANDOM
    `endif
    `ifndef VERILATOR
      `ifdef RANDOMIZE_DELAY
        #`RANDOMIZE_DELAY begin end
      `else
        #0.002 begin end
      `endif
    `endif
`ifdef RANDOMIZE_REG_INIT
  _RAND_0 = {1{`RANDOM}};
  reg1 = _RAND_0[7:0];
  _RAND_1 = {1{`RANDOM}};
  reg2 = _RAND_1[31:0];
`endif // RANDOMIZE_REG_INIT
  `endif // RANDOMIZE
end // initial
`ifdef FIRRTL_AFTER_INITIAL
`FIRRTL_AFTER_INITIAL
`endif
`endif // SYNTHESIS
endmodule